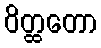
ဝိတ္ထတော